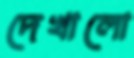
দেখালো